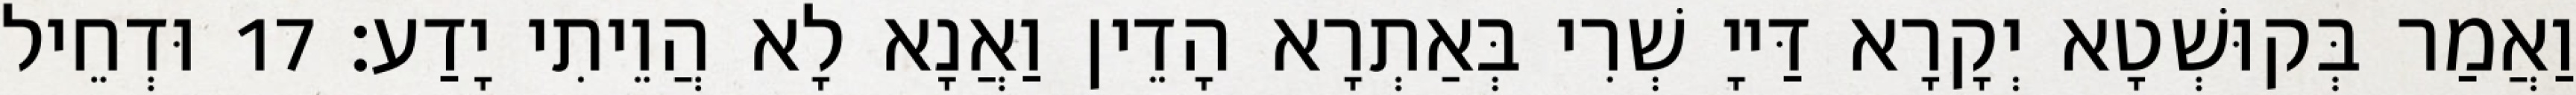
וַאֲמַר בְּקוּשְׁטָא יְקָרָא דַּייָ שְׁרִי בְּאַתְרָא הָדֵין וַאֲנָא לָא הֲוֵיתִי יָדַע׃ 17 וּדְחֵיל